Triennial report on the lunatic asylums in the province of Eastern Bengal and Assam - 1903-1911
Year: 1903
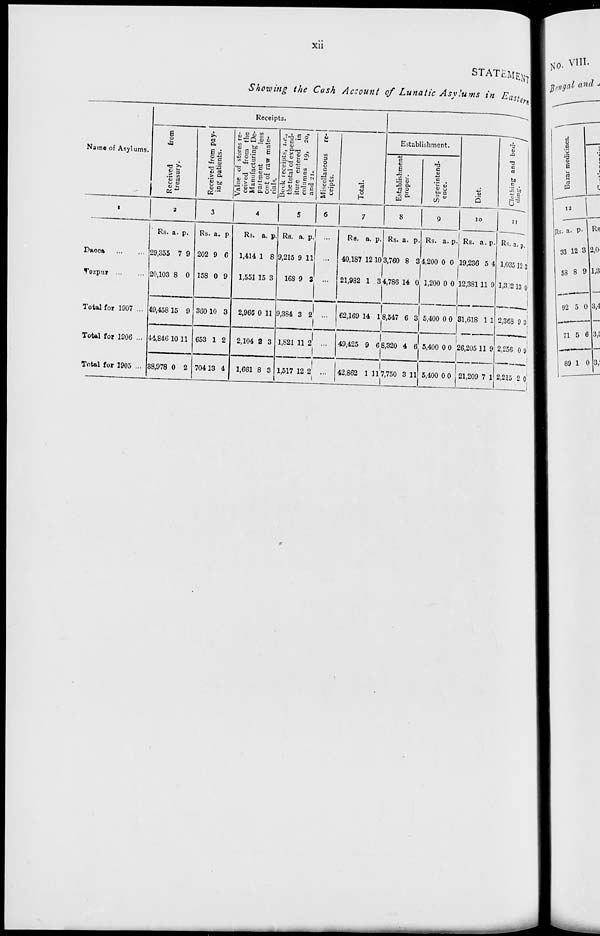
xii
STATEMENT
Showing the Cash Account of Lunatic Asylums in Eastern
Name of Asylums.
1
Dacca
...
...
Tezpur
...
...
Total for 1907 ...
Total for 1906 ...
Total for 1905 ...
Receipts.
Received
from
treasury.
2
Rs.
29,355
20,103
49,458
44,846
38,978
a.
7
8
15
10
0
p.
9
0
9
11
2
Received from pay-
ing patients.
3
Rs.
202
158
360
653
704
a.
9
0
10
1
13
p.
6
9
3
2
4
Value of stores re-
ceived from the
Manufacturing De-
partment
less
cost of raw mate-
rials.
4
Rs.
1,414
1,551
2,966
2,104
1,661
a.
1
15
0
2
8
p.
8
3
11
3
3
Book receipts, i.e.,
the total of expend-
iture entered in
columns 19, 20,
and 21.
5
Rs.
9,215
168
9,384
1,821
1,517
a.
9
9
3
11
12
p.
11
3
2
2
2
Miscellaneous
re-
ceipts.
6
...
...
...
...
...
Total.
7
Rs.
40,187
21,982
62,169
49,425
42,862
a.
12
1
14
9
1
p.
10
3
1
6
11
Establishment.
Establishment
proper.
8
Rs.
3,760
4,786
8,547
8,320
7,750
a.
8
14
6
4
3
p.
3
0
3
6
11
Superintend-
ence.
9
Rs.
4,200
1,200
5,400
5,400
5,400
a.
0
0
0
0
0
p.
0
0
0
0
0
Diet.
10
Rs.
19,236
12,381
31,618
26,205
21,209
a.
5
11
1
11
7
p.
4
9
1
9
1
Clothing and
bed-
ding.
11
Rs.
1,035
1,312
2,368
2,256
2,215
a.
12
13
9
0
2
p.
3
0
3
9
0